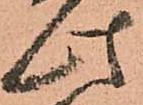
此